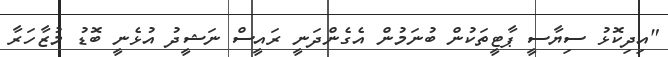
"އިދިކޮޅު ސިޔާސީ ޕާޓީތަކުން ބުނަމުން އެގެންދަނީ ރައީސް ނަޝީދު އުޅެނީ ބޮޑު މުޒާހަރާ